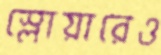
স্লোয়ারেও